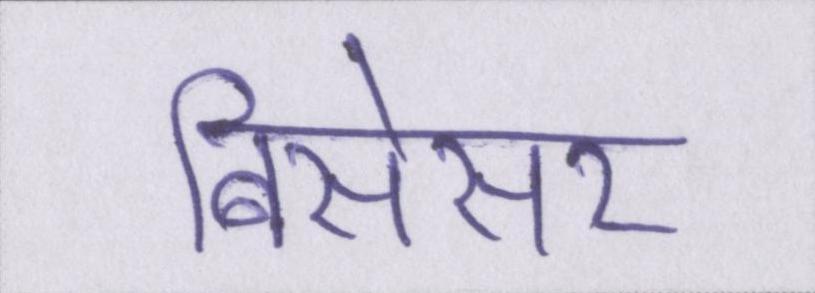
बिसेसर